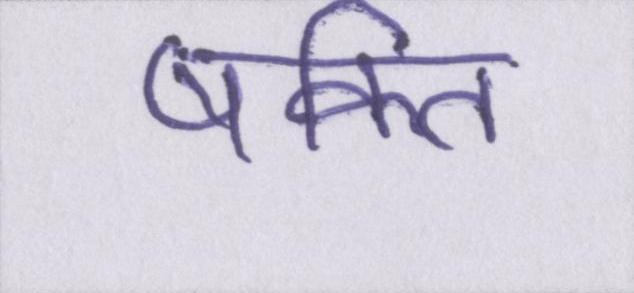
षक्ति